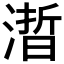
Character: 𰜱